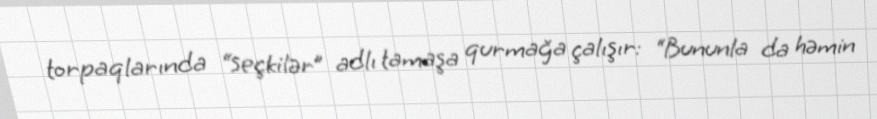
torpaqlarında “seçkilər” adlı tamaşa qurmağa çalışır: “Bununla da həmin